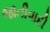
જાતીવાદી